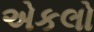
એકલો